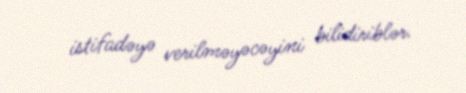
istifadəyə verilməyəcəyini bilidiriblər.